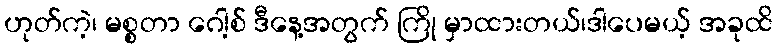
ဟုတ်ကဲ့၊ မစ္စတာ ဂေါ့စ် ဒီနေ့အတွက် ကြို မှာထားတယ်၊ဒါပေမယ့် အခုထိ